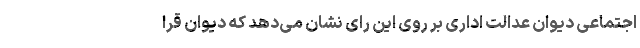
اجتماعی دیوان عدالت اداری بر روی این رای نشان می‌دهد که دیوان قرا